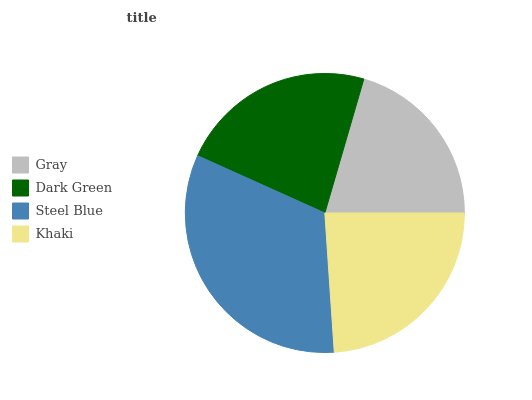
| Gray | Dark Green | Steel Blue | Khaki |
 | --- | --- | --- | --- |
 | 20.5% | 22.8% | 32.8% | 23.9% |